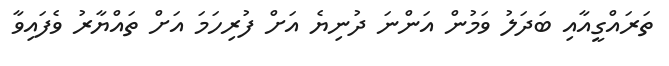
ތަރައްގީއާއި ބަދަލު ވަމުން އަންނަ ދުނިޔެ އަށް ފުރިހަމަ އަށް ތައްޔާރު ވެފައިވާ